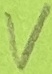
Text: V